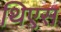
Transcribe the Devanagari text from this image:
थिएस